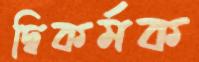
দ্বিকর্মক